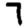
Digit: 7